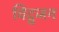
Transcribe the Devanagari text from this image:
विद्वजन